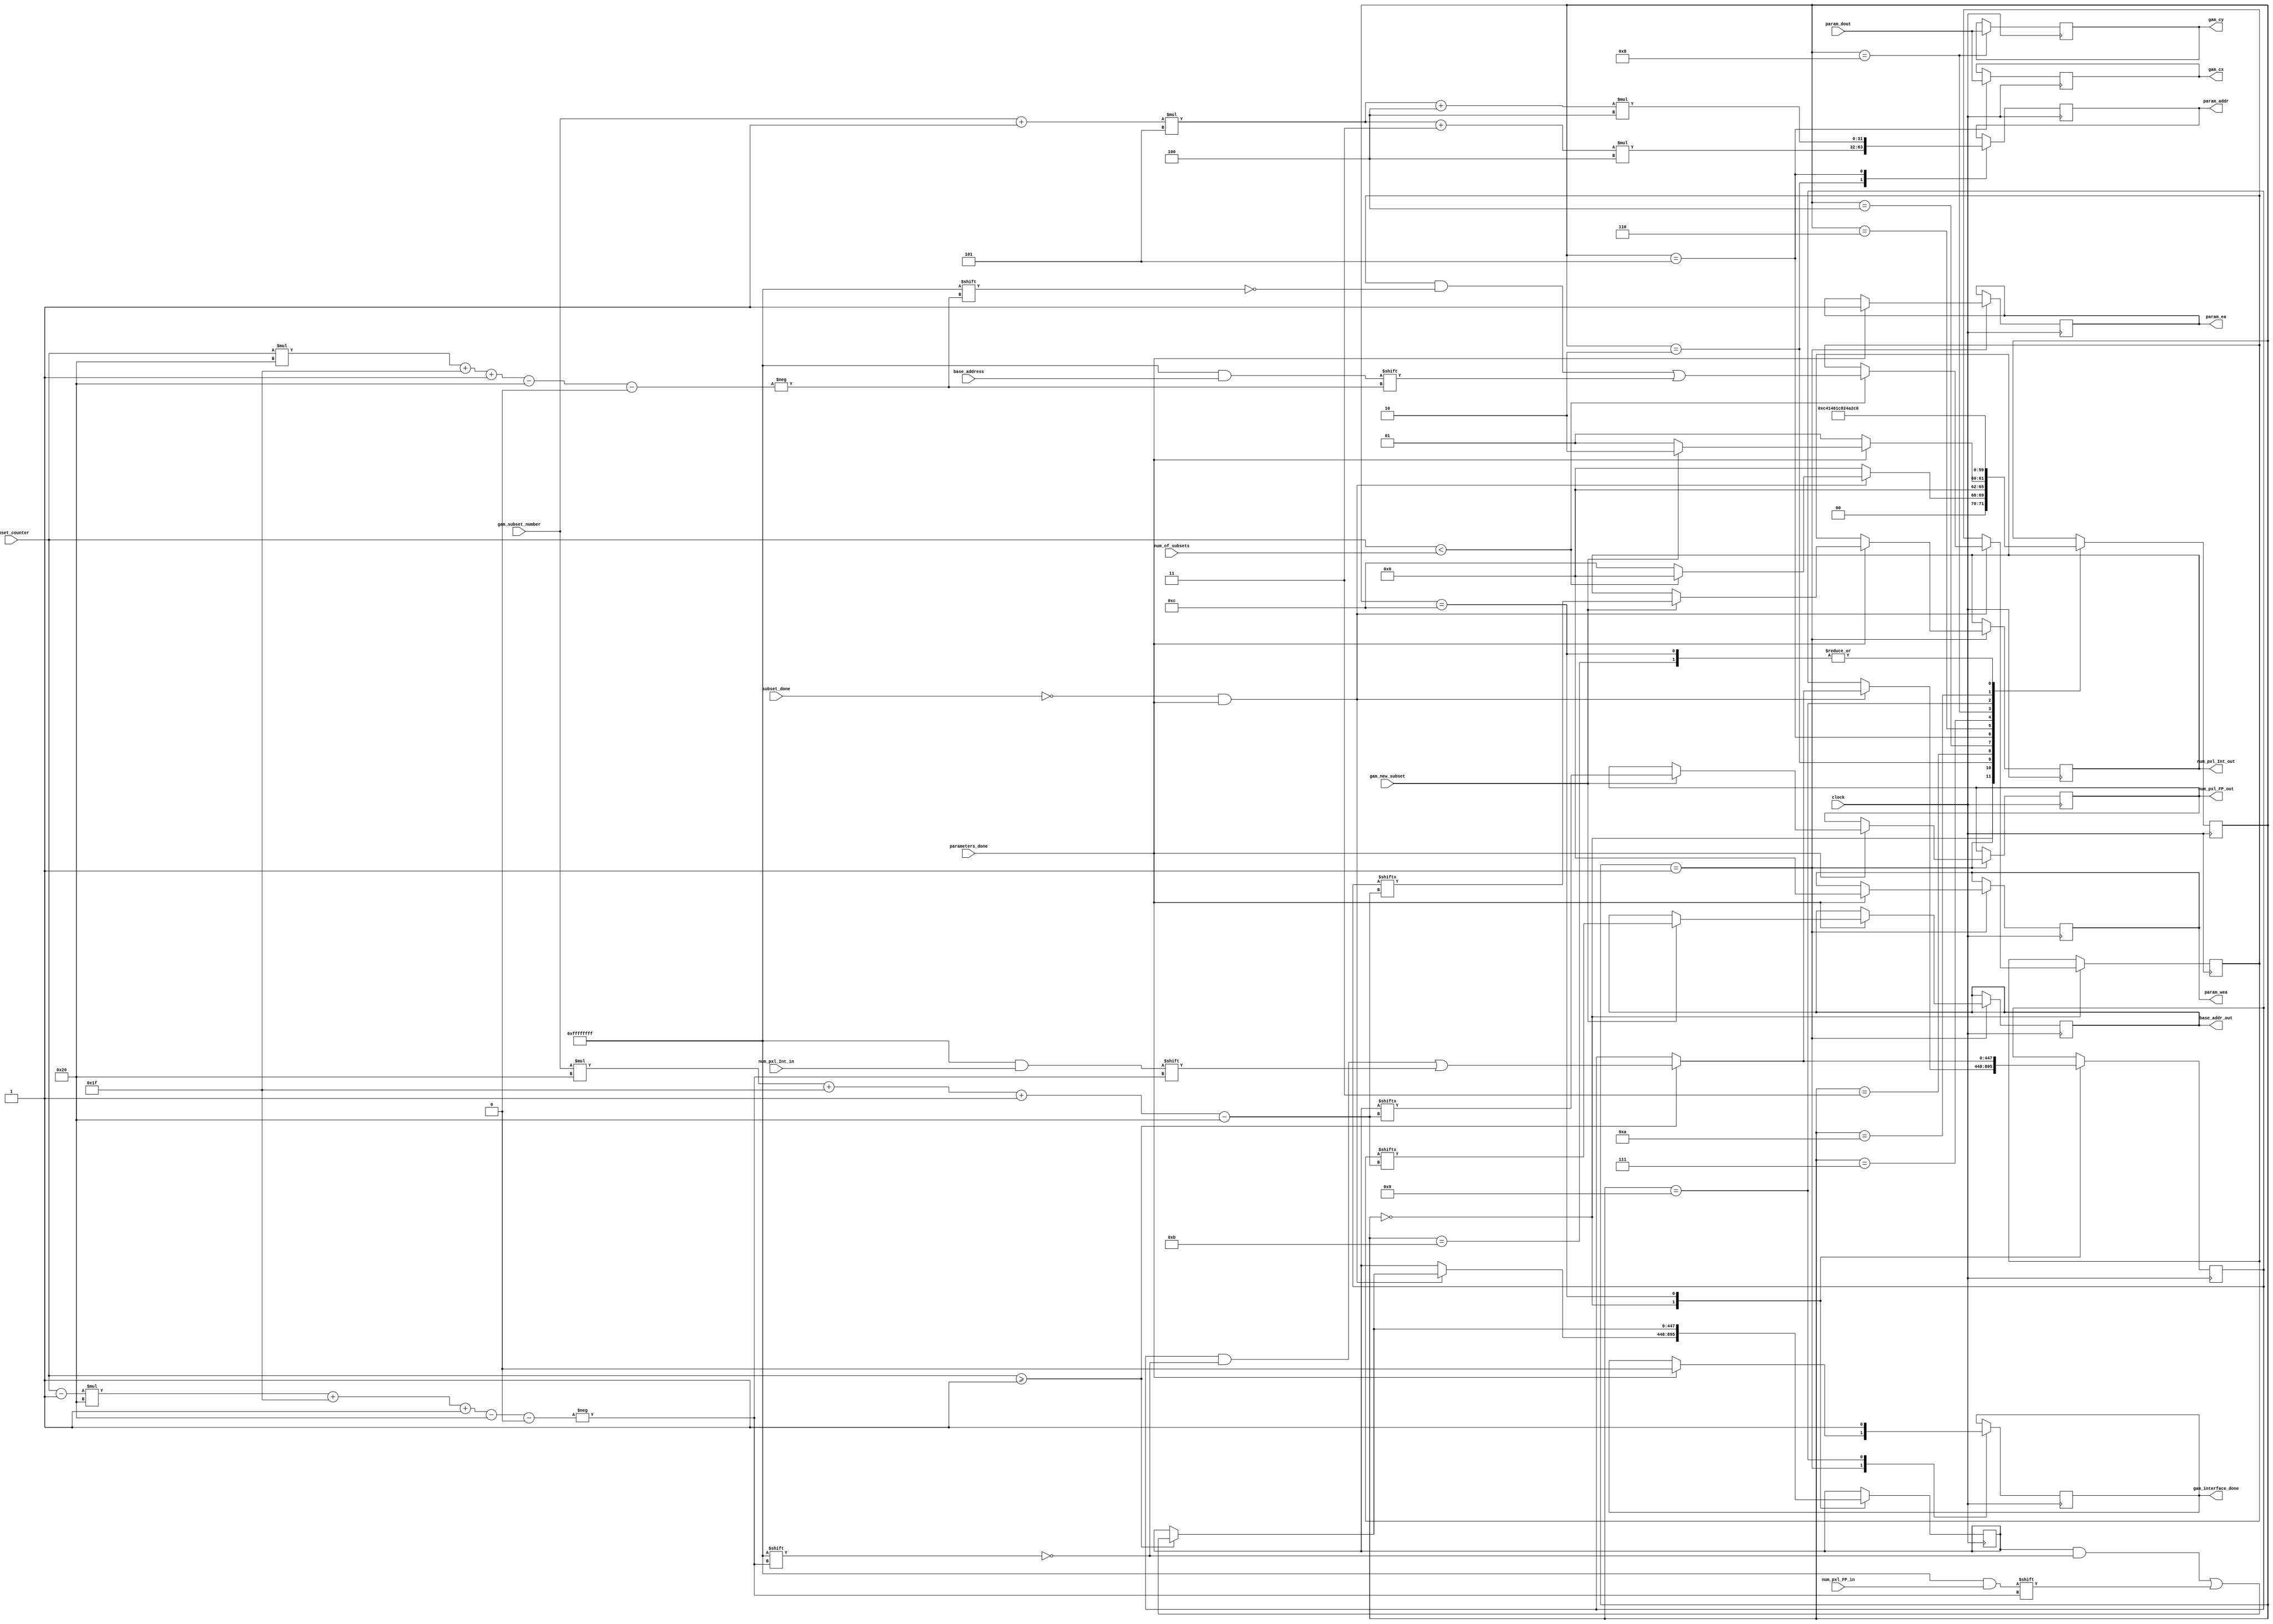
`timescale 1ns / 1ps

module gam_interface(
    input clock,
    input gam_new_subset,
    input subset_done,
    input [31:0] num_of_subsets,
    input [31:0] subset_counter,
    input [31:0] gam_subset_number,
    input parameters_done,
    input [31:0] param_dout,
    input [31:0] base_address,
    input [31:0] num_pxl_Int_in,
    input [31:0] num_pxl_FP_in,
    output reg param_ea,
    output reg [3:0] param_wea,
    output reg [31:0] param_addr,
    output reg [31:0] gam_cx,
    output reg [31:0] gam_cy,
    output reg gam_interface_done = 1'b0,
    output reg [31:0] base_addr_out = 32'b0,
    output reg [31:0] num_pxl_Int_out = 32'b0,
    output reg [31:0] num_pxl_FP_out = 32'b0
);
    
    reg [5:0] state = 6'b000000;  
    reg [447:0] base_addr_reg = 448'b0;
    reg [447:0] num_pxl_Int_reg = 448'b0;
    reg [447:0] num_pxl_FP_reg = 448'b0;
    reg [31:0] subset_range = 32'b0;
    
    always @(posedge clock) 
    begin  
        case(state)
        'b000000:
        begin
            if(subset_done == 1'b0 && parameters_done == 1'b1)
            begin
                // Read in and save the base address
                if(subset_counter < num_of_subsets)
                begin
                    subset_range = subset_counter * 32 + 31;
                    base_addr_reg[subset_range-:32] = base_address;
                    
                    if(subset_counter >= 1'b1)
                    begin
                        subset_range = (subset_counter - 1) * 32 + 31;
                        num_pxl_Int_reg[subset_range-:32] = num_pxl_Int_in;
                        num_pxl_FP_reg[subset_range-:32] = num_pxl_FP_in;
                    end                   
                    state = 6'b000000;
                end
                else
                begin
                    if(subset_counter >= 1'b1)
                    begin
                        subset_range = (subset_counter - 1) * 32 + 31;
                        num_pxl_Int_reg[subset_range-:32] = num_pxl_Int_in;
                        num_pxl_FP_reg[subset_range-:32] = num_pxl_FP_in;
                    end
                    // Go to start state
                    state = 'b1100; //6'b000001;
                end
            end
            else
            begin
                // Subsets is waiting for params_done and subset_done
                state = 6'b000000;
            end
        end
        'b1100:
        begin
            if(subset_counter >= 1'b1)
            begin
                subset_range = (subset_counter - 1) * 32 + 31;
                num_pxl_Int_reg[subset_range-:32] = num_pxl_Int_in;
                num_pxl_FP_reg[subset_range-:32] = num_pxl_FP_in;
            end
            state = 'b000001; //6'b000001;
        end  
        'b000001:
        begin
            if(parameters_done == 1'b1)
            begin
                param_ea = 1'b1;
                param_wea = 'b0;
                gam_interface_done = 1'b0; 
                if(gam_new_subset == 1'b1)
                begin
                    gam_interface_done = 1'b0; 
                    subset_range = gam_subset_number * 32 + 31;
                    base_addr_out = base_addr_reg[subset_range-:32];                    
                    num_pxl_Int_out = num_pxl_Int_reg[subset_range-:32];
                    num_pxl_FP_out = num_pxl_FP_reg[subset_range-:32];
                    state = 'b000010;
                end
                else
                begin
                    gam_interface_done = 1'b0; 
                    state = 'b000001; //wait for a new_subset
                end
            end
            else
            begin
                state = 'b000001;  
            end
        end
        'b000010:
        begin 
            param_addr = ((((gam_subset_number + 1) * 5) + 3) * 4); //to read cx
            state = 'b000011;             
        end
        'b000011:
        begin
            state = 'b000100; 
        end
        'b000100:
        begin
            state = 'b000101;
        end
        'b000101:
        begin
            gam_cx = param_dout;
            param_addr = ((((gam_subset_number + 1) * 5) + 4) * 4); //to read cy
            state = 'b000110; 
        end
        'b000110:
        begin
            state = 'b000111; 
        end
        'b000111:
        begin
            state = 'b001000; 
        end
        'b001000:
        begin
            gam_cy = param_dout;
            state = 'b001001; 
        end            
        'b001001:
        begin
            gam_interface_done = 1'b1;
            state = 'b001010;
        end
        'b001010:
        begin
            state = 'b001011;
        end
        'b001011:
        begin
            state = 'b000001;
        end
        endcase
    end   
endmodule